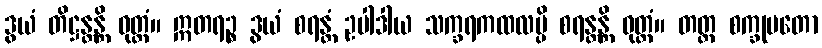
ဒွယံ တိဋ္ဌန္တန္တိ ဝုတ္တံ။ ဣတရဉ္စ ဒွယံ စရန္တံ ဥပါဒါယ သက္ခရကထလမ္ပိ စရန္တန္တိ ဝုတ္တံ။ တတ္ထ စက္ခုမတော